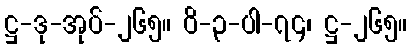
ဋ္ဌ-ဒု-အုပ်-၂၆၅။ ဝိ-၃-ပါ-၇၄၊ ဋ္ဌ-၂၆၅။